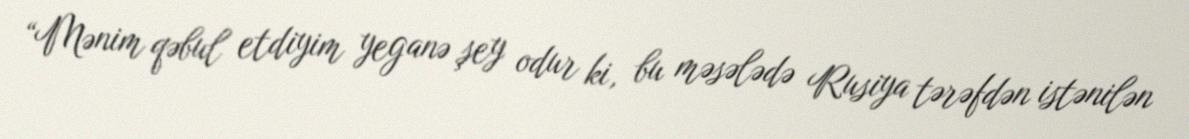
“Mənim qəbul etdiyim yeganə şey odur ki, bu məsələdə Rusiya tərəfdən istənilən